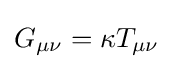
G_{\mu \nu }=\kappa T_{\mu \nu }